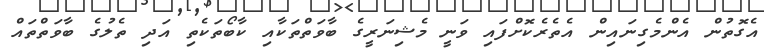
އެގޮތުން އެންމެގިނައިން އެތެރެކޮށްފައި ވަނީ މެޝިނަރީގެ ބާވަތްތަކާއި ކާބޯތަކެތި އަދި ތެލުގެ ބާވަތްތައް